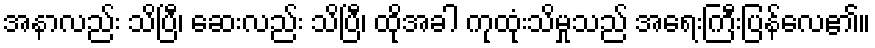
အနာလည်း သိပြီ၊ ဆေးလည်း သိပြီ၊ ထိုအခါ ကုထုံးသိမှုသည် အရေးကြီးပြန်လေ၏။